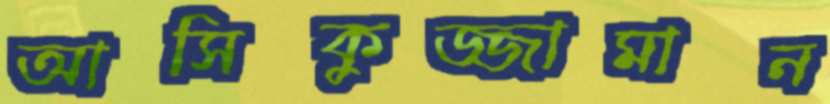
আসিকুজ্জামান